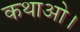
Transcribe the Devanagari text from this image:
कथाओ।